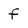
Character: f